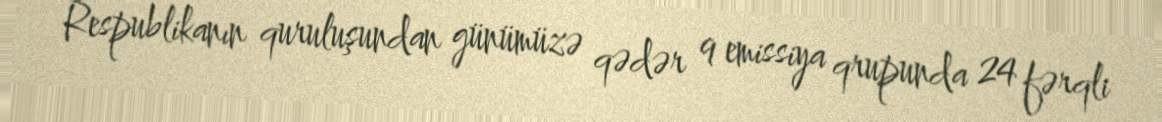
Respublikanın quruluşundan günümüzə qədər 9 emissiya qrupunda 24 fərqli